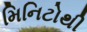
મિનિટોથી